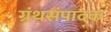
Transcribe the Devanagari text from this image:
ग्रंथसंपादक